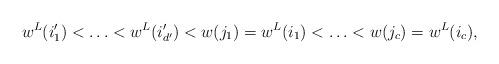
LaTeX: \begin{align*}w^L(i'_1) < \ldots < w^L(i'_{d'}) < w(j_1) =w^L(i_1) < \ldots < w(j_c)=w^L(i_c),\end{align*}